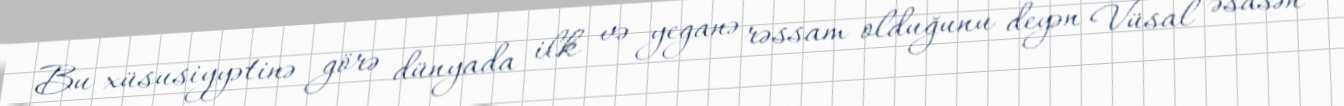
Bu xüsusiyyətinə görə dünyada ilk və yeganə rəssam olduğunu deyən Vüsal əsasən